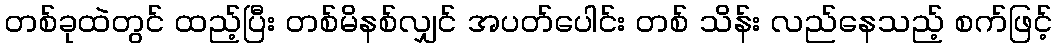
တစ်ခုထဲတွင် ထည့်ပြီး တစ်မိနစ်လျှင် အပတ်ပေါင်း တစ် သိန်း လည်နေသည့် စက်ဖြင့်